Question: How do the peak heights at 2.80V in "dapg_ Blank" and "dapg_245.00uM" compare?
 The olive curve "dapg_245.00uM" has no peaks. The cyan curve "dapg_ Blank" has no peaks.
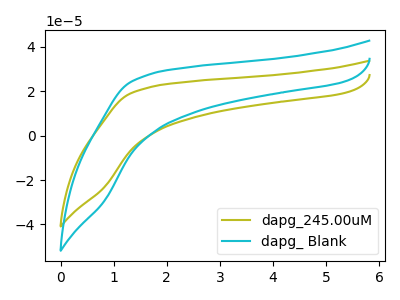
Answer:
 <answer>"dapg_ Blank" and "dapg_245.00uM" dont share a peak at 2.80V.</answer>
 <eval>mismatch</eval>